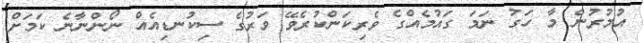
އުމުރުން މާ ހަގު ނަމަ ގައުމެއްގެ ވެރިކަންކުރެވޭ ވަރުުގެ ސިކުނޑިއެއް ނޯންނާނެ ކަމަށް